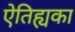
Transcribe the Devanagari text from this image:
ऐतिह्यका